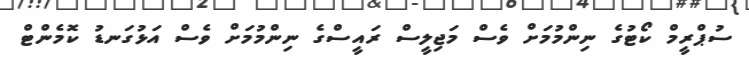
ސުޕްރީމް ކޯޓުގެ ނިންމުމަށް ވެސް މަޖިލީސް ރައީސްގެ ނިންމުމަށް ވެސް އަޅުގަނޑު ކޮމެންޓް